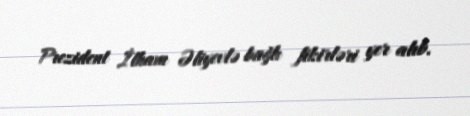
Prezident İlham Əliyevlə bağlı fikirləri yer alıb.